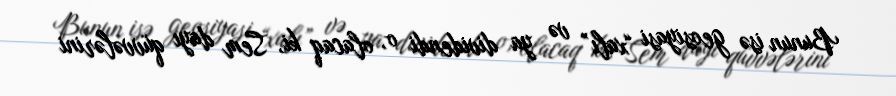
Bunun isə geosiyasi “xalı” və ya dividendi o, olacaq ki, Sem dayı qüvvələrini